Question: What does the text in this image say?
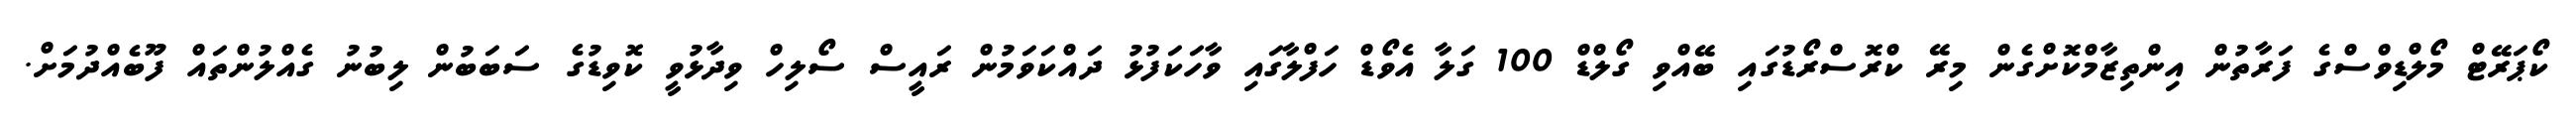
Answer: ކޯޕަރޭޓް މޯލްޑިވްސްގެ ފަރާތުން އިންތިޒާމްކޮށްގެން މިރޭ ކްރޮސްރޯޑުގައި ބޭއްވި ގޯލްޑް 100 ގަލާ އެވޯޑް ހަފްލާގައި ވާހަކަފުޅު ދައްކަވަމުން ރައީސް ސޯލިހް ވިދާޅުވީ ކޮވިޑުގެ ސަބަބުން ލިބުނު ގެއްލުންތައް ފޫބެއްދުމަށް.